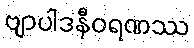
ဗျာပါဒနီဝရဏဿ